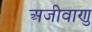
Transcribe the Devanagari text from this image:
अजीवाणु